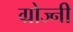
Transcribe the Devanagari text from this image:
ग्रोज्नी